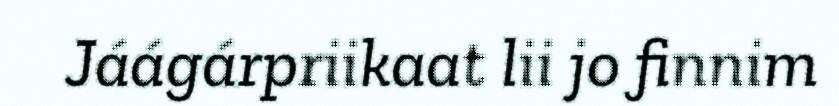
Jáágárpriikaat lii jo finnim